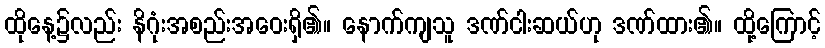
ထိုနေ့၌လည်း နိဂုံးအစည်းအဝေးရှိ၏။ နောက်ကျသူ ဒဏ်ငါးဆယ်ဟု ဒဏ်ထား၏။ ထို့ကြောင့်